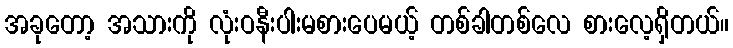
အခုတော့ အသားကို လုံးဝနီးပါးမစားပေမယ့် တစ်ခါတစ်လေ စားလေ့ရှိတယ်။